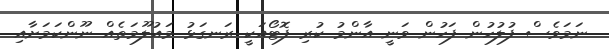
ނަމަވެސް ފުލުހުން ފަހުން ވަނީ އާންމު ކުރި ފޮޓޯއަކީ ރަނގަޅު މައުލޫމަތެއް ނޫންކަމަށާއި